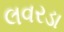
લવરડા